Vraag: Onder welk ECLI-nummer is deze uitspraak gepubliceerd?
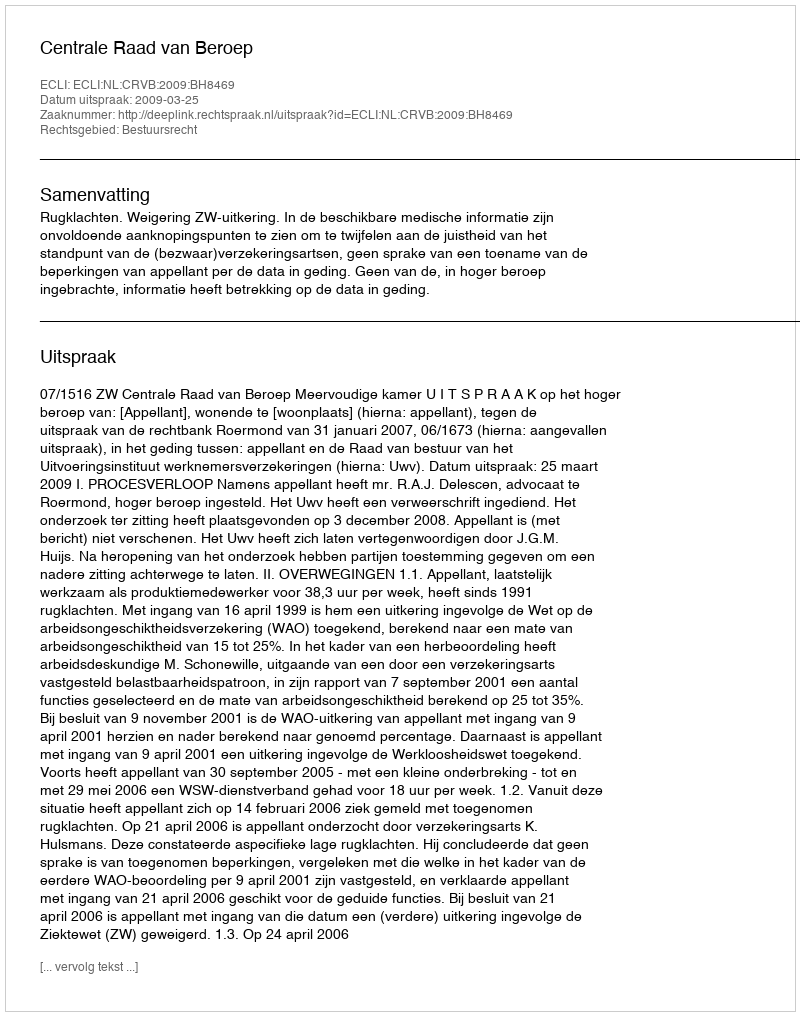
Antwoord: ECLI:NL:CRVB:2009:BH8469